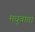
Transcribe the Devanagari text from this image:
मधुवाता